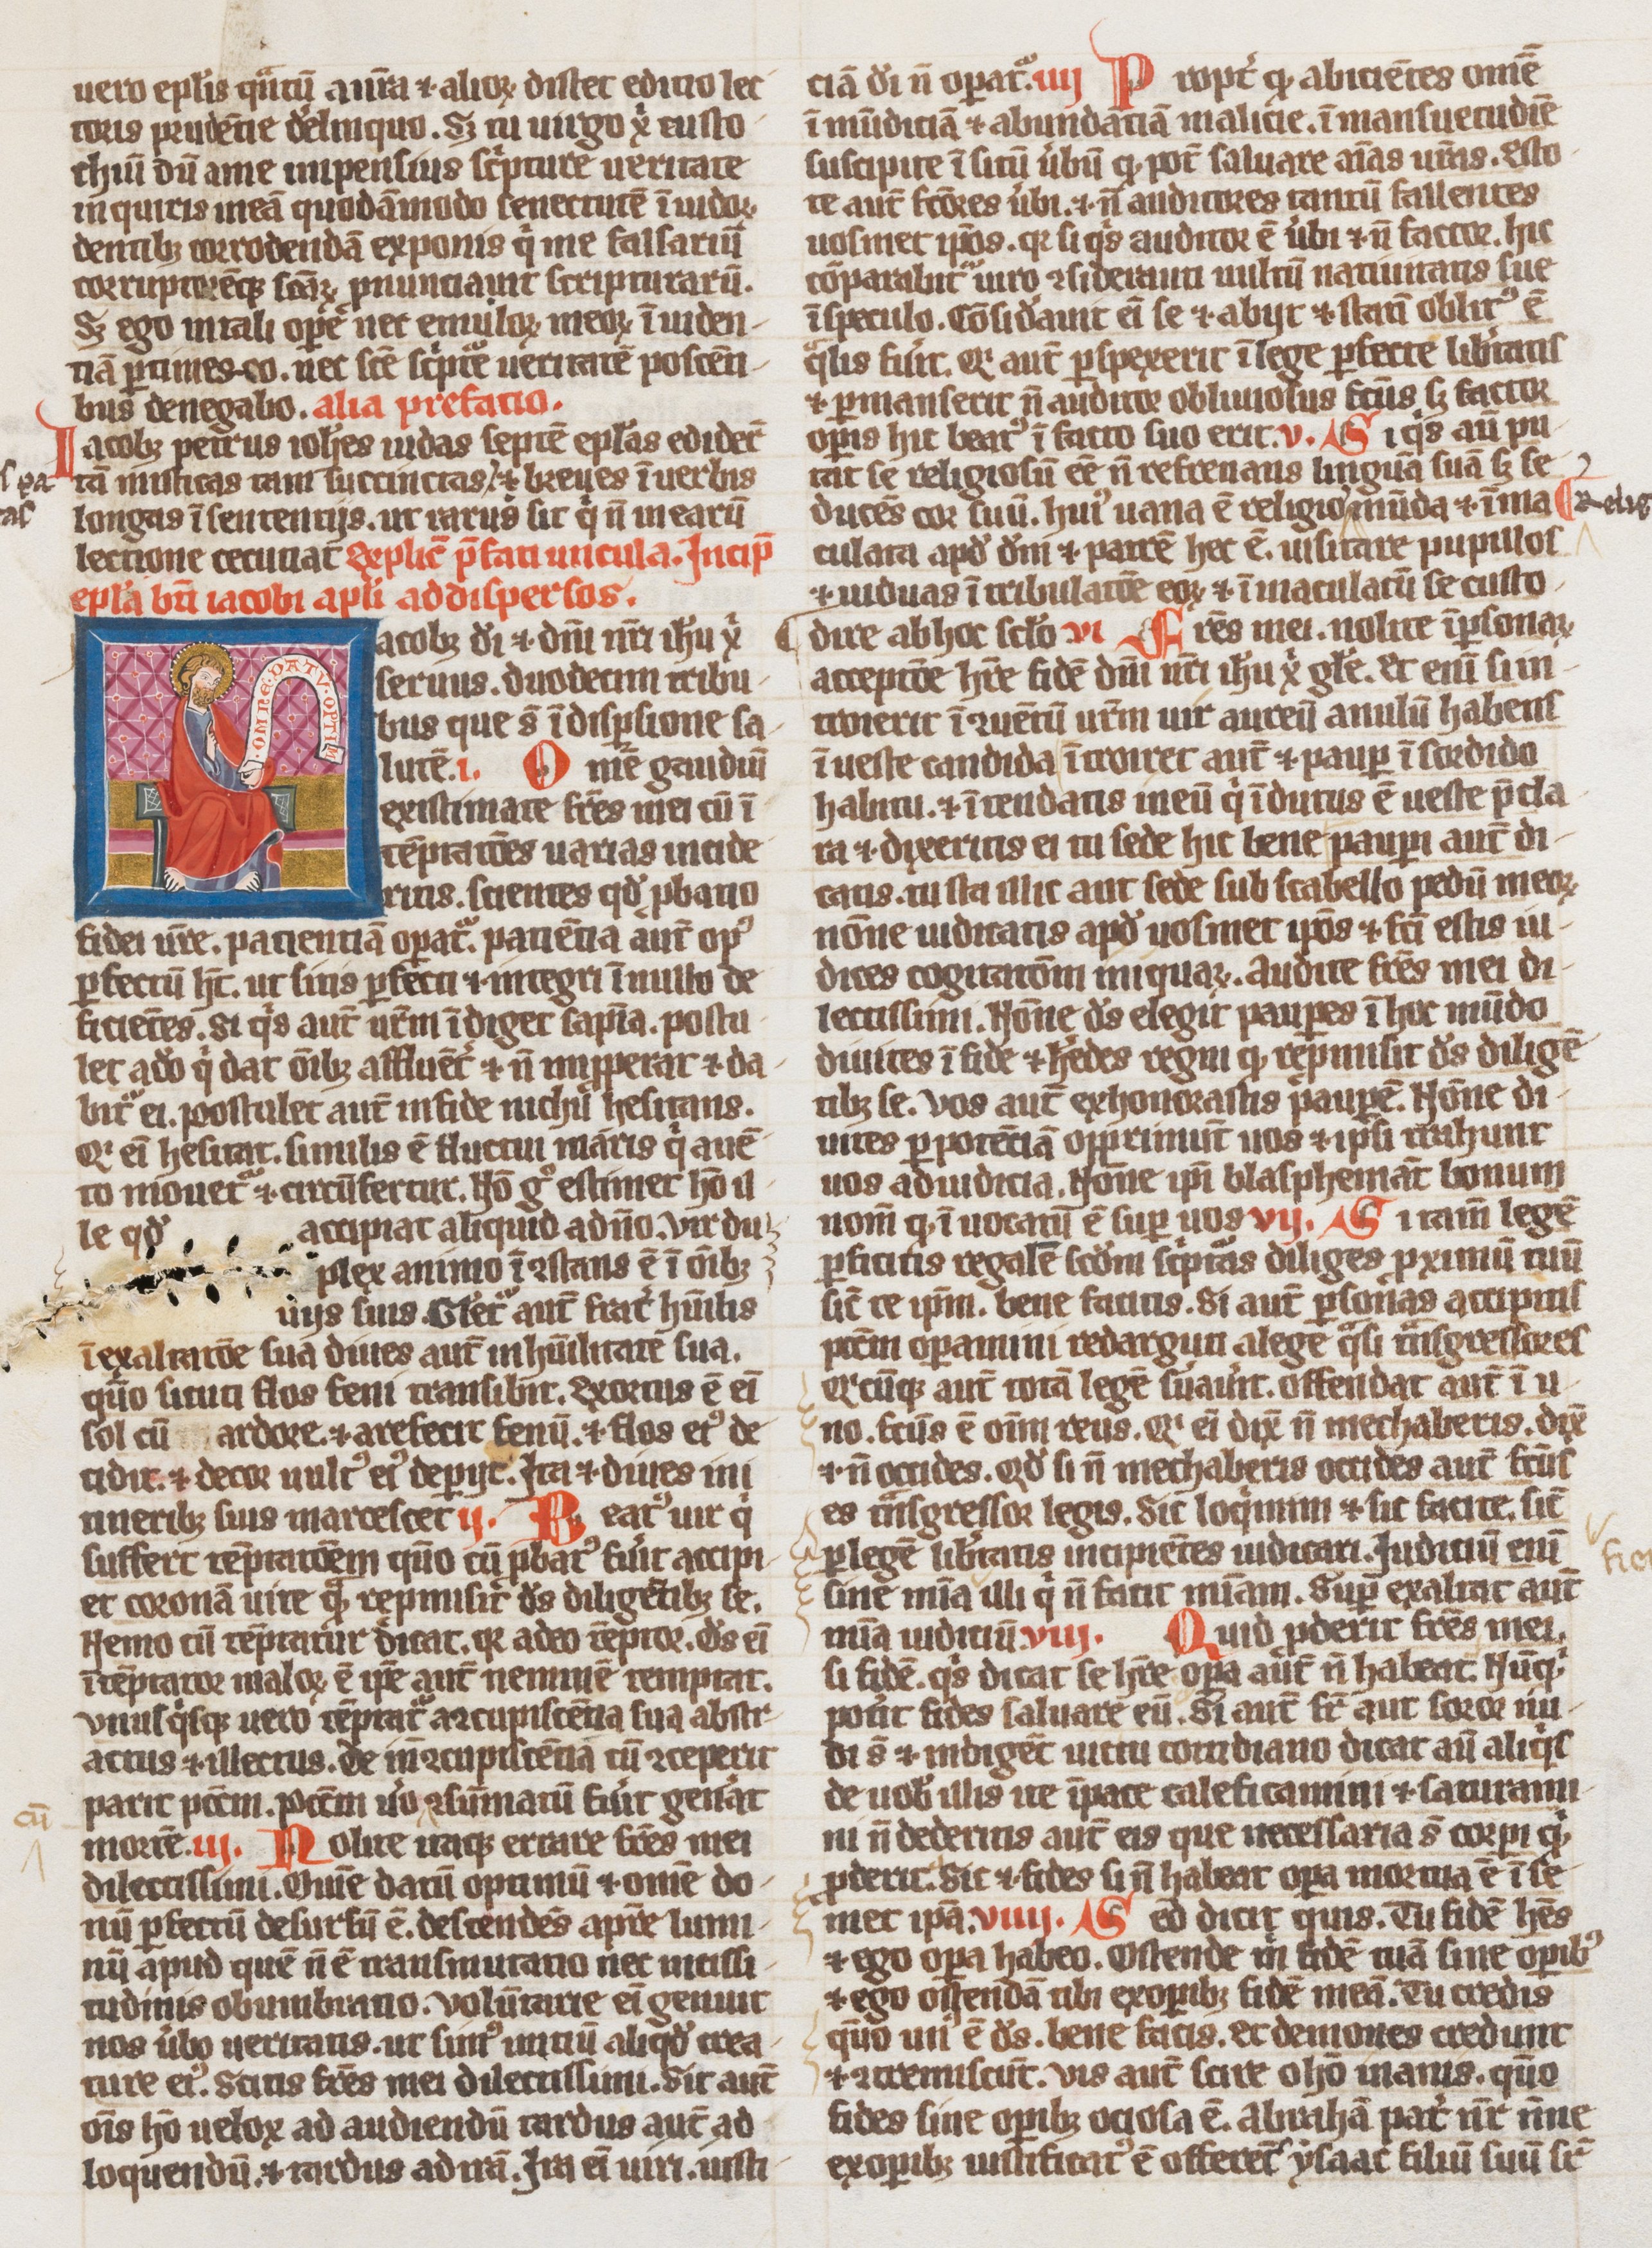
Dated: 1300–1324